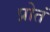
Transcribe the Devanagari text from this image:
प्रोतं